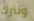
وتترك